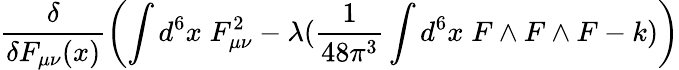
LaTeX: \frac{\delta}{\delta F_{\mu\nu}(x)}\left(\int d^{6}x\; F_{\mu\nu}^{2}-\lambda(\frac{1}{48\pi^{3}}\int d^{6}x\; F\wedge F\wedge F-k)\right)